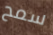
سمح